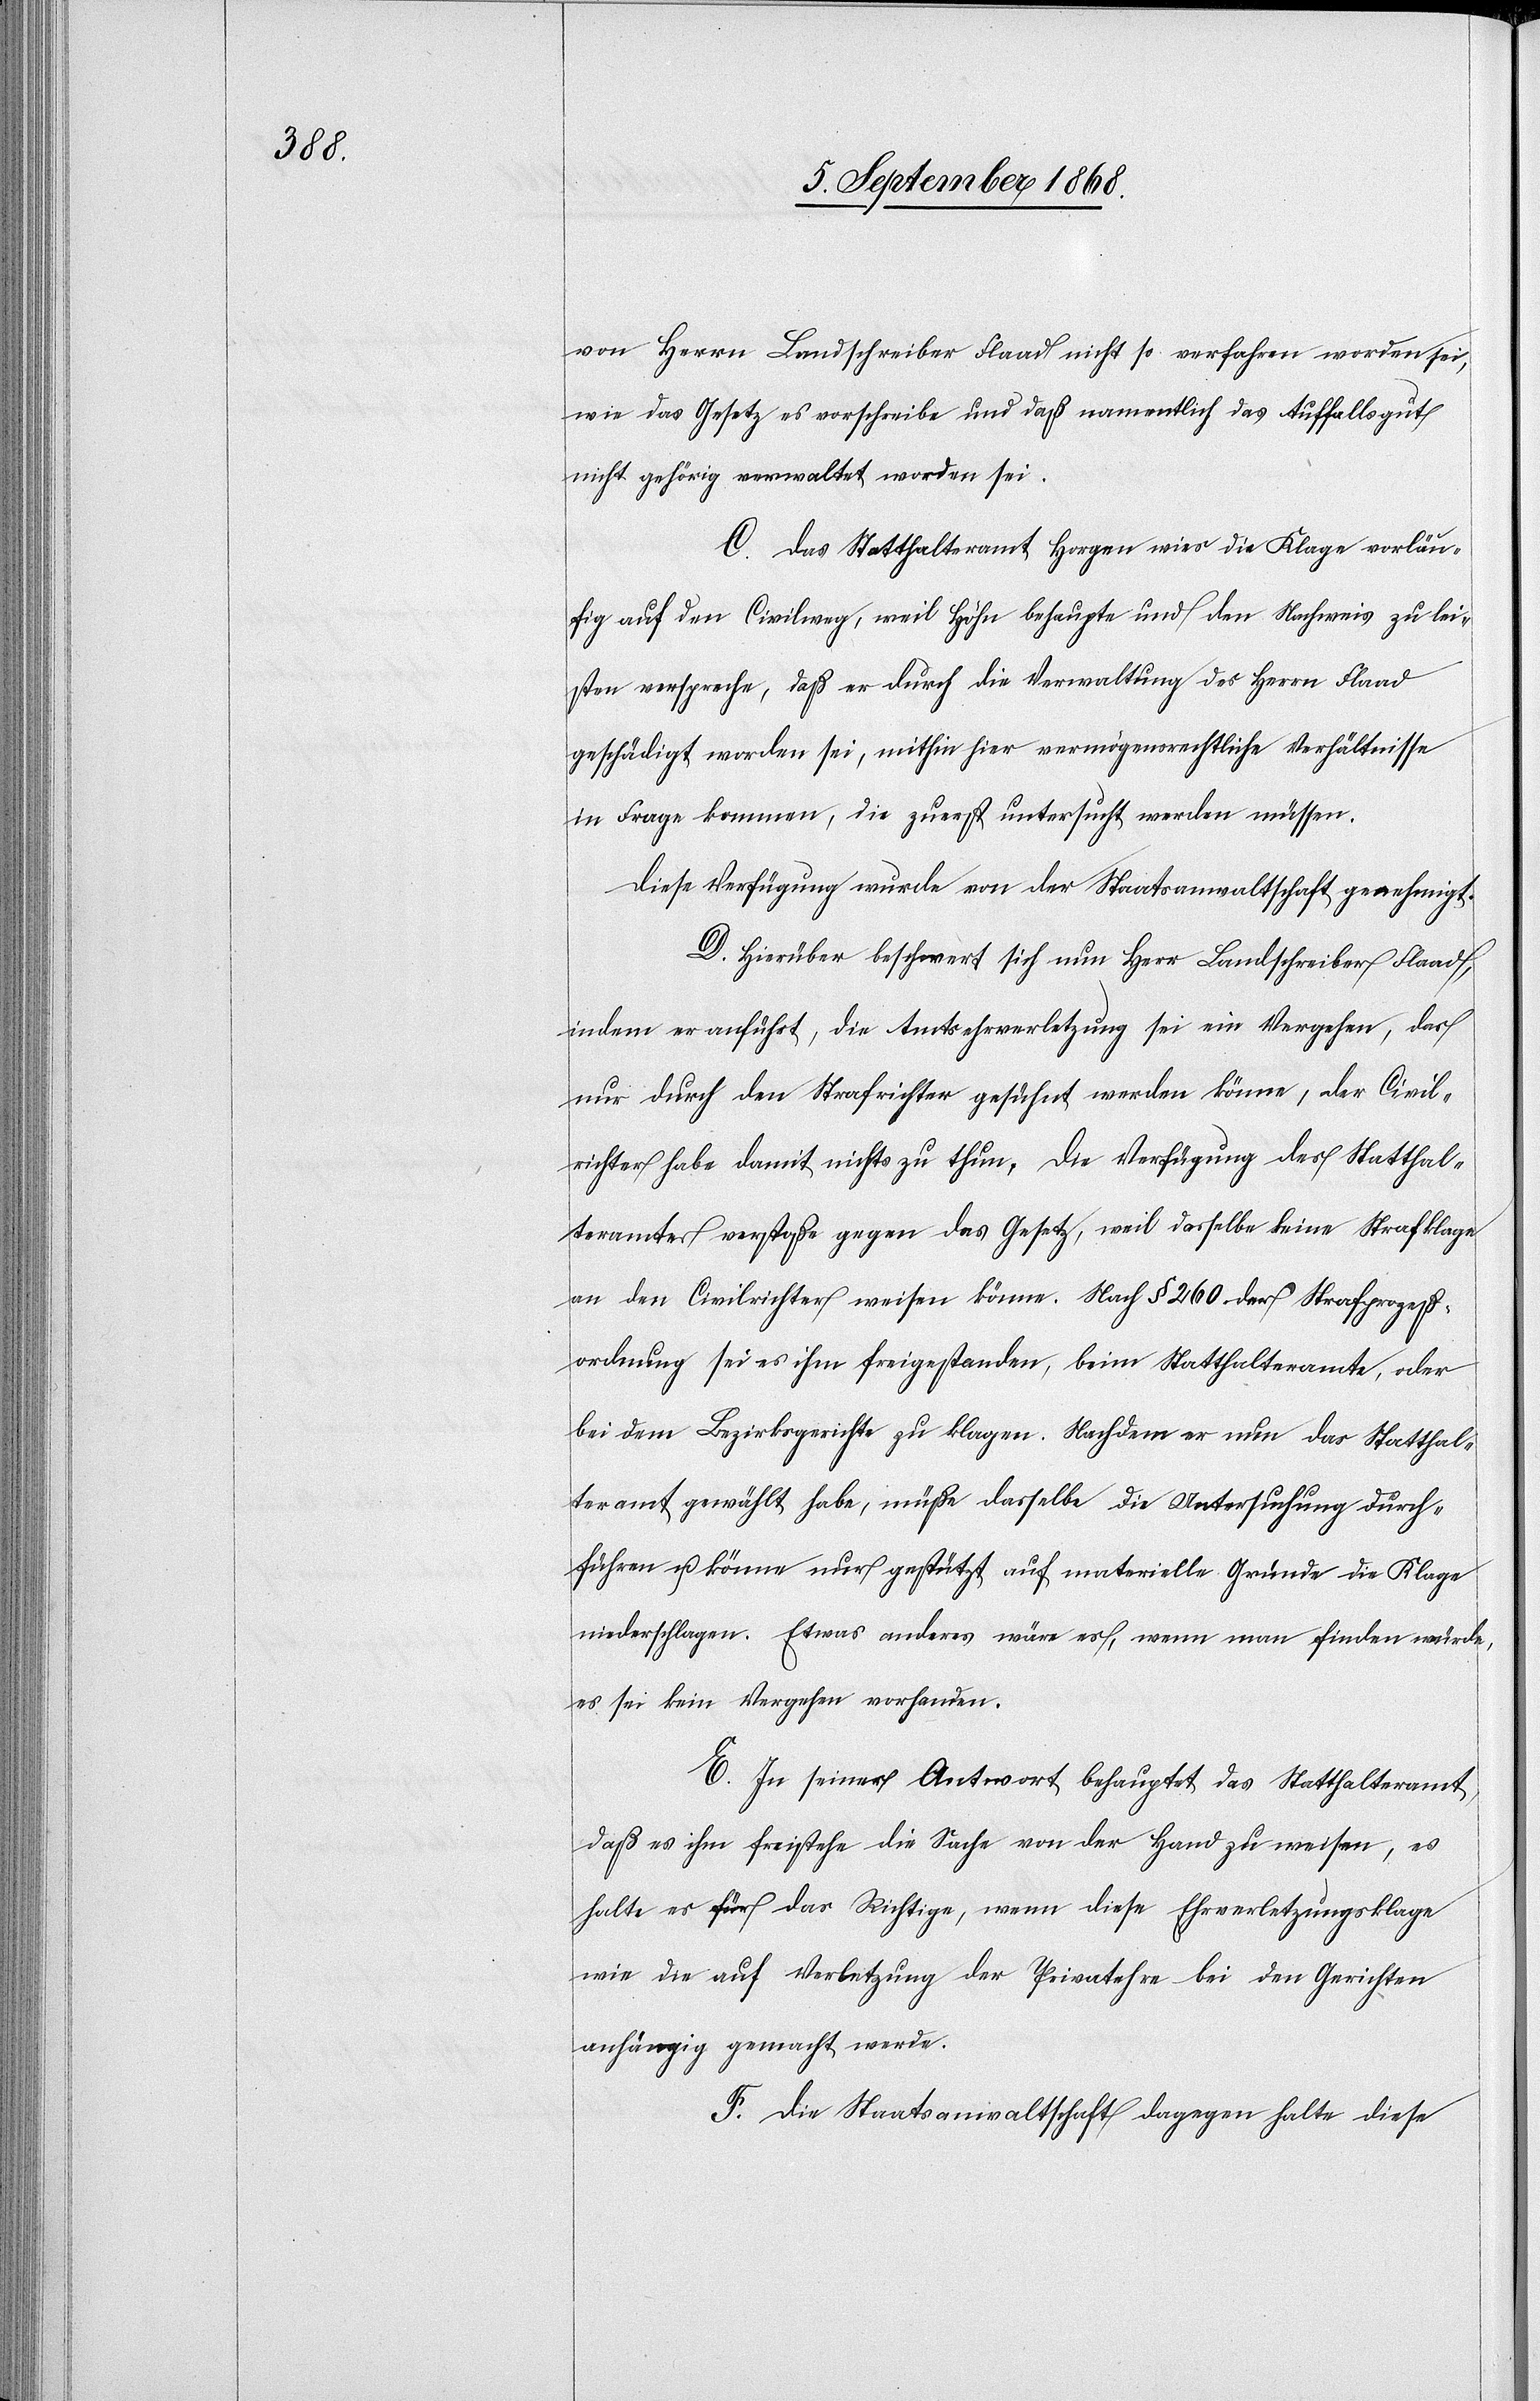
von Herrn Landschreiber Flaad nicht so verfahren worden sei,
wie das Gesetz es vorschreibe und daß namentlich das Auffallsgut
nicht gehörig verwaltet worden sei.
C. Das Statthalteramt Horgen wies die Klage vorläu¬
fig auf den Civilweg, weil Höhn behaupte und den Nachweis zu lei¬
sten verspreche, daß er durch die Verwaltung des Herrn Flaad
geschädigt worden sei, mithin hier vermögensrechtliche Verhältnisse
in Frage kommen, die zuerst untersucht werden müssen.
Diese Verfügung wurde von der Staatsanwaltschaft genehmigt.
D. Hierüber beschwert sich nun Herr Landschreiber Flaad,
indem er anführt, die Amtsehrverletzung sei ein Vergehen, das
nur durch den Strafrichter gesühnt werden könne, der Civil¬
richter habe damit nichts zu thun. Die Verfügung des Statthal¬
teramtes verstoße gegen das Gesetz, weil dasselbe keine Strafklage
an den Civilrichter weisen könne. Nach § 260 der Strafprozeß¬
ordnung sei es ihm freigestanden, beim Statthalteramte, oder
bei dem Bezirksgerichte zu klagen. Nachdem er nun das Statthal¬
teramt gewählt habe, müße dasselbe die Untersuchung durch¬
führen u. könne nur gestützt auf materielle Gründe die Klage
niederschlagen. Etwas anderes wäre es, wenn man finden würde,
es sei kein Vergehen vorhanden.
E. In seiner Antwort behauptet das Statthalteramt,
daß es ihm freistehe die Sache von der Hand zu weisen, es
halte es für das Richtige, wenn diese Ehrverletzungsklage
wie die auf Verletzung der Privatehre bei den Gerichten
anhängig gemacht werde.
F. Die Staatsanwaltschaft dagegen halte diese